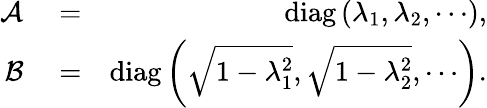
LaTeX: \begin{array}{rlr}{\mathcal{A}}&{{}=}&{\operatorname{diag}\left(\lambda_{1},\lambda_{2},\cdots\right),}\\ {\mathcal{B}}&{{}=}&{\operatorname{diag}\left(\sqrt{1-\lambda_{1}^{2}},\sqrt{1-\lambda_{2}^{2}},\cdots\right).}\end{array}